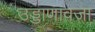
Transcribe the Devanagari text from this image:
उड्डाणावजा